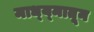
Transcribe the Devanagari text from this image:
माध्य्मातून